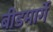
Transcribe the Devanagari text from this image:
बीडमार्गे